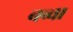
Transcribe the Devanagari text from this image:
बव्वा